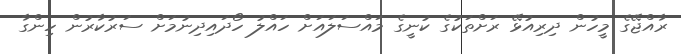
ރާއްޖޭގެ މީހުން ދިރިއުޅޭ ރަށްތަކުގެ ކުނީގެ މައްސަލައަށް ހައްލު ހޯދައިދިނުމަށް ސަރުކާރުން ހިންގާ